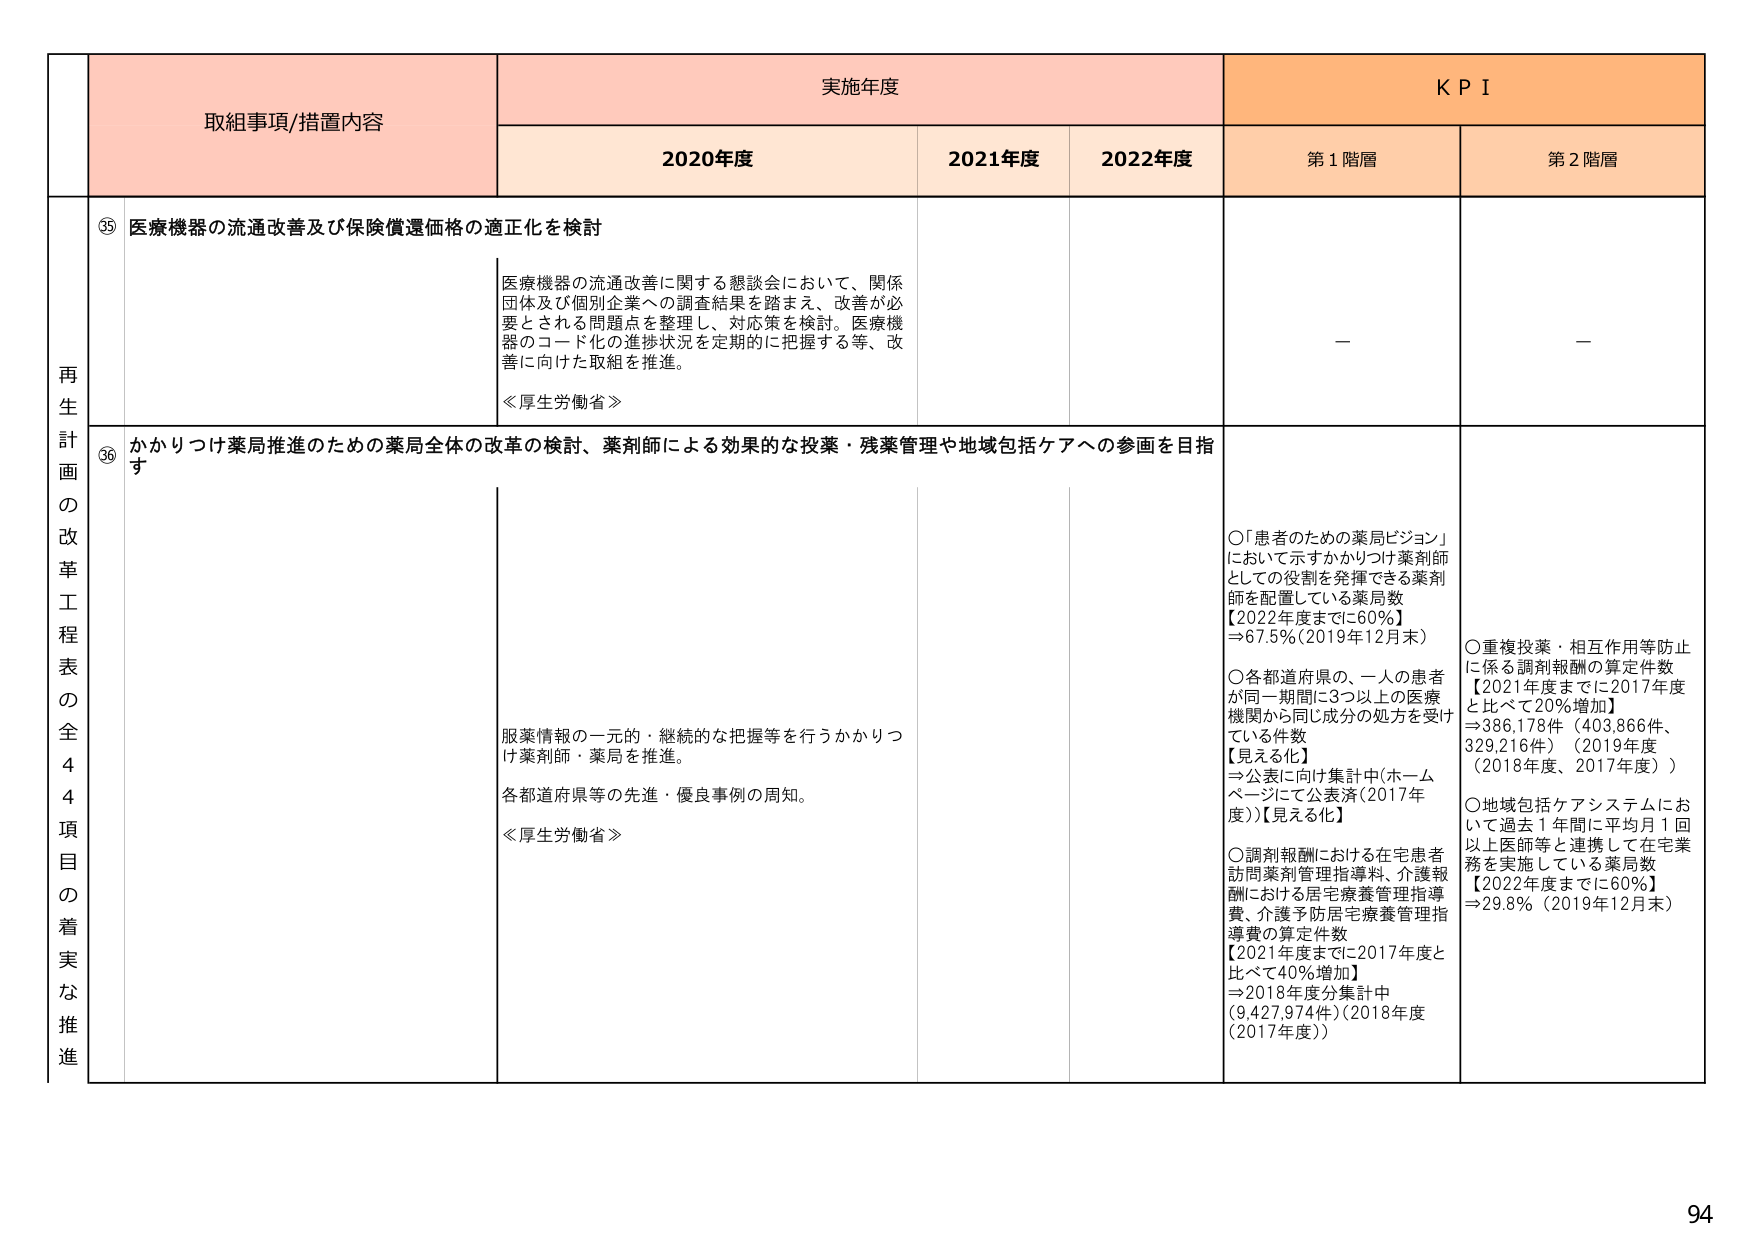
再生計画の改革工程表の全44項目の着実な推進

取組事項/措置内容

実施年度

KPI

2020年度

2021年度

2022年度

第1階層

第2階層

⑤ 医療機器の流通改善及び保険償還価格の適正化を検討

医療機器の流通改善に関する懇談会において、関係団体及び個別企業への調査結果を踏まえ、改善が必要とされる問題点を整理し、対応策を検討。医療機器のコード化の進捗状況を定期的に把握する等、改善に向けた取組を推進。

≪厚生労働省≫

—

—

⑥ かかりつけ薬局推進のための薬局全体の改革の検討、薬剤師による効果的な投薬・残薬管理や地域包括ケアへの参画を目指す

服薬情報の一元的・継続的な把握等を行うかかりつけ薬剤師・薬局を推進。

各都道府県等の先進・優良事例の周知。

≪厚生労働省≫

〇「患者のための薬局ビジョン」において示すかかりつけ薬剤師としての役割を発揮できる薬剤師を配置している薬局数
【2022年度までに60％】
⇒67.5％（2019年12月末）

〇各都道府県の、一人の患者が同一期間に3つ以上の医療機関から同じ成分の処方を受けている件数
【見える化】
⇒公表に向け集計中（ホームページにて公表済（2017年度））【見える化】

〇調剤報酬における在宅患者訪問薬剤管理指導料、介護報酬における居宅療養管理指導費、介護予防居宅療養管理指導費の算定件数
【2021年度までに2017年度と比べて40％増加】
⇒2018年度分集計中（9,427,974件）（2018年度（2017年度））

〇重複投薬・相互作用等防止に係る調剤報酬の算定件数
【2021年度までに2017年度と比べて20％増加】
⇒386,178件（403,866件、329,216件）（2019年度（2018年度、2017年度））

〇地域包括ケアシステムにおいて過去1年間に平均月1回以上医師等と連携して在宅業務を実施している薬局数
【2022年度までに60％】
⇒29.8％（2019年12月末）

94